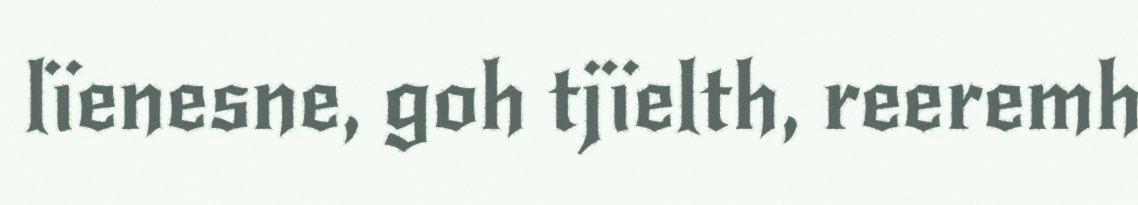
lïenesne, goh tjïelth, reeremh